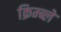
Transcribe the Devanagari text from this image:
क्रिम्ब्ले